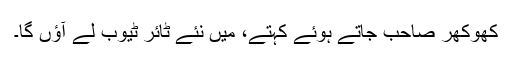
کھوکھر صاحب جاتے ہوئے کہتے، میں نئے ٹائر ٹیوب لے آﺅں گا۔